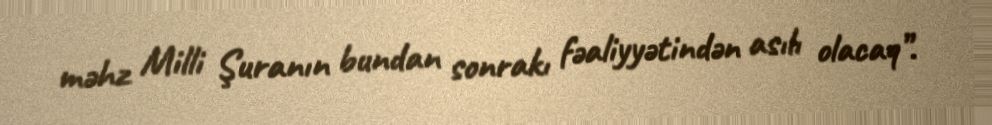
məhz Milli Şuranın bundan sonrakı fəaliyyətindən asılı olacaq”.